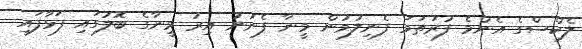
ލެކްސްގެ އެންމެ ފުރަތަމަ ފެނިލުމުން މީނާ ފެނުނު އިރު މީނާގެ ބޮލުގައި ފަޅާފައި